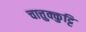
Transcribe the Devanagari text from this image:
चात्तुक्कुट्टि